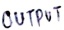
Text: OUTPUT